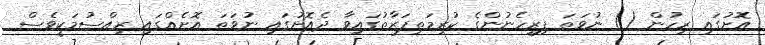
އޮށުގައި ރިހުން () ނުވަތަ ފިރިހެނުންގެ ކުރިމަތިފަރާތުގައިވާ ދެއޮށުގައި ނުވަތަ އޮށެއްގައި ރިއްސުމަކީވެސް